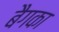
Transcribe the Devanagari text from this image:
बैगका